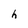
Character: h